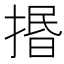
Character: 㨉